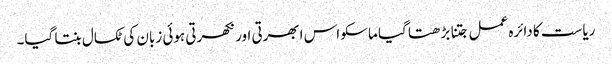
ریاست کا دائرہ عمل جتنا بڑھتا گیا ماسکو اس ابھرتی اور نکھرتی ہوئی زبان کی ٹکسال بنتا گیا۔